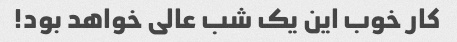
کار خوب این یک شب عالی خواهد بود!